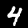
Label: 4